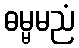
ဓမ္မမညံ